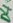
Text: D4